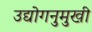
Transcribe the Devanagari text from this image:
उद्योगनुमुखी